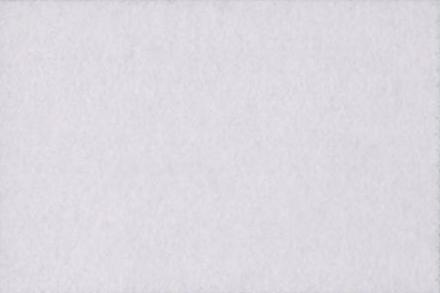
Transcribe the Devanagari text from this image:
खां